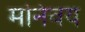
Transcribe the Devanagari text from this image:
मनिवय